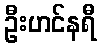
ဦးဟင်နရီ